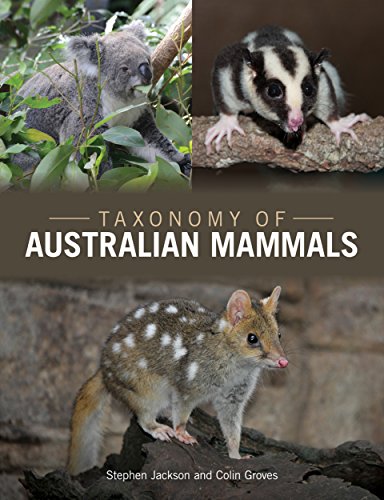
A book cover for Taxonomy of Australian Mammals; Stephen Jackson; Science & Math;